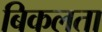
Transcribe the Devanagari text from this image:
बिकलता